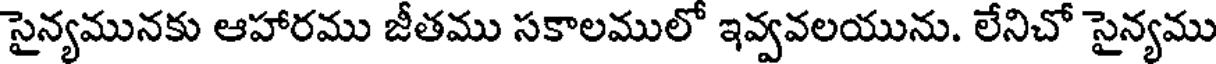
సైన్యమునకు ఆహారము జీతము సకాలములో ఇవ్వవలయును. లేనిచో సైన్యము